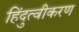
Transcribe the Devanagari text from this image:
हिंदुत्वीकरण